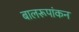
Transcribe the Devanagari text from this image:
बालरूपांकन